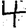
Digit: 4